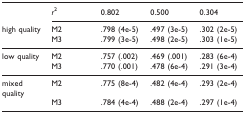
<table><thead><tr><td></td><td><b><i>r</i><sup>2</sup></b></td><td><b>0.802</b></td><td><b>0.500</b></td><td><b>0.304</b></td></tr><tr><td><b>high quality</b></td><td><b>M2</b></td><td><b>.798 (4e-5)</b></td><td><b>.497 (3e-5)</b></td><td><b>.302 (2e-5)</b></td></tr><tr><td></td><td><b>M3</b></td><td><b>.799 (3e-5)</b></td><td><b>.498 (2e-5)</b></td><td><b>.303 (1e-5)</b></td></tr></thead><tbody><tr><td>low quality</td><td>M2</td><td>.757 (.002)</td><td>.469 (.001)</td><td>.283 (6e-4)</td></tr><tr><td></td><td>M3</td><td>.770 (.001)</td><td>.478 (6e-4)</td><td>.291 (3e-4)</td></tr><tr><td>mixed quality</td><td>M2</td><td>.775 (8e-4)</td><td>.482 (4e-4)</td><td>.293 (2e-4)</td></tr><tr><td></td><td>M3</td><td>.784 (4e-4)</td><td>.488 (2e-4)</td><td>.297 (1e-4)</td></tr></tbody></table>